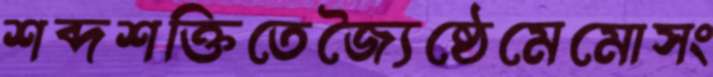
শব্দশক্তিতেজ্যৈষ্ঠেমেমোসং